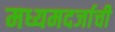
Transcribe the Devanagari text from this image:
मध्यमदर्जाची